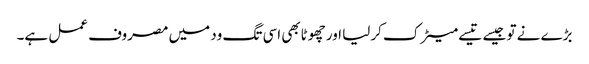
بڑے نے تو جیسے تیسے میٹرک کرلیا اور چھوٹابھی اسی تگ ود میں مصروف عمل ہے۔